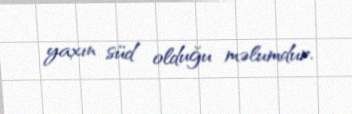
yaxın süd olduğu məlumdur.